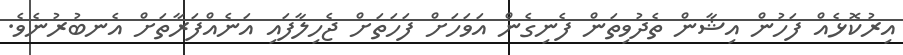
އިރުކޮޅެއް ފަހުން އިޝާން ތެދުވިތަން ފެނިގެން އަވަހަށް ފަހަތަށް ޖެހިލާފައި އަނެއްފަރާތަށް އެނބުރުނެވެ.